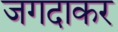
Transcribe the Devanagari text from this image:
जगदाकर